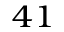
^ { 4 1 }